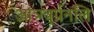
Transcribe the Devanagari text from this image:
आत्र्ग्त्र्र्प्रनलि